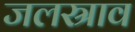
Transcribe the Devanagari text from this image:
जलस्राव